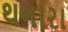
થનારા